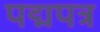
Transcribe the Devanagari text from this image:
पद्मपत्र